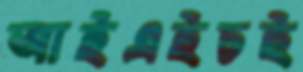
আইএইচই